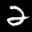
Label: 2